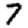
Digit: 7